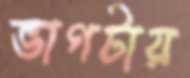
ভাগটায়